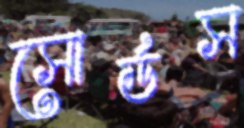
সোর্ডস